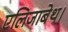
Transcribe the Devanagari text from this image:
एलिजाबेथ।